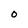
Character: O